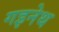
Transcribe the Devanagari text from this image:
गइनेथ